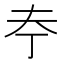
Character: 𪥃